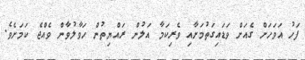
ފަހު އަވަހަށް ގެއަށް ވަޑައިގަތުމަށާއި ވެރިކަމާ އަލުން ރައްޔިތުން ހަވާލުވާން ވެއްޖެ ކަމަށެވެ.